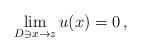
LaTeX: \begin{align*}\lim_{D\ni x\to z} u(x)=0\, ,\end{align*}